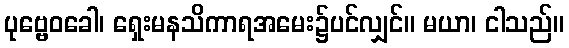
ပုဗ္ဗေဝခေါ၊ ရှေးမနသိကာရအမေး၌ပင်လျှင်။ မယာ၊ ငါသည်။